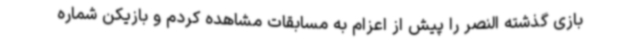
بازی گذشته النصر را پیش از اعزام به مسابقات مشاهده کردم و بازیکن شماره